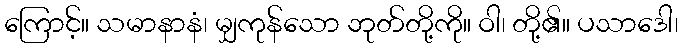
ကြောင့်။ သမာနာနံ၊ မျှကုန်သော ဘုတ်တို့ကို။ ဝါ၊ တို့၏။ ပသာဒေါ၊